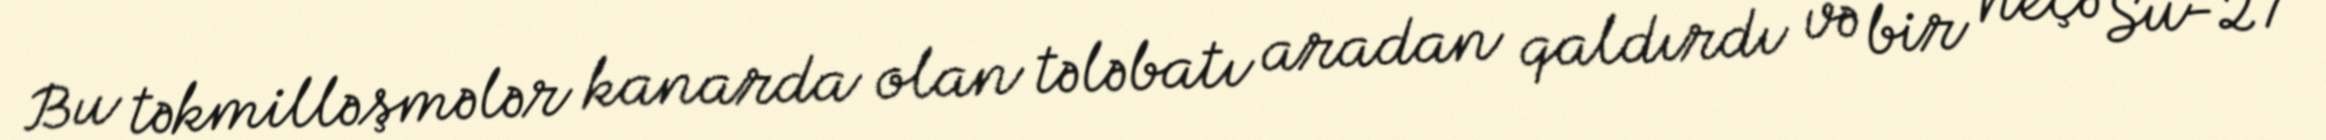
Bu təkmilləşmələr kanarda olan tələbatı aradan qaldırdı və bir neçə Su-27